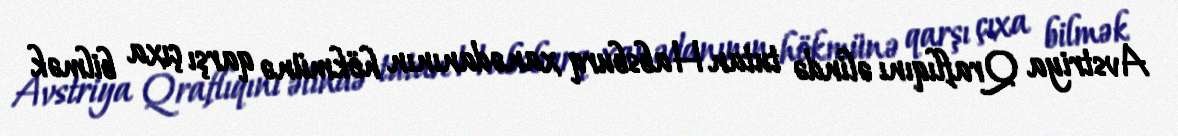
Avstriya Qraflıqını əlində tutan Habsburq xanədanının hökmünə qarşı çıxa bilmək